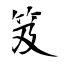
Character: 笈